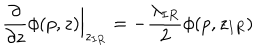
LaTeX: \frac { \partial } { \partial z } \phi ( p , z ) \Big | _ { z _ { I R } } = - \frac { \lambda _ { I R } } 2 \phi ( p , z _ { I R } )